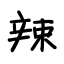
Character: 辣